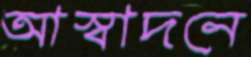
আস্বাদনে